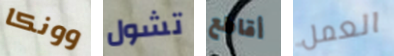
وونكا تشول أقاطع العمل